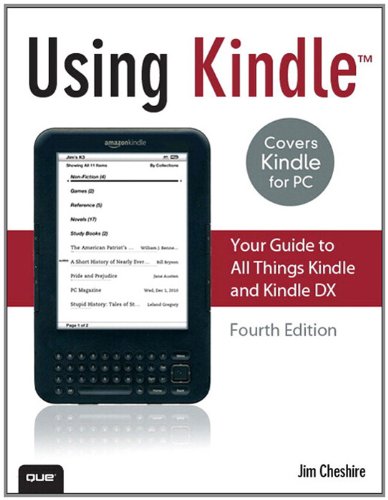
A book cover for Using Kindle: Your Guide to All Things Kindle and Kindle DX; Jim Cheshire; Computers & Technology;